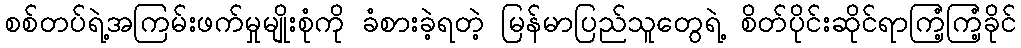
စစ်တပ်ရဲ့အကြမ်းဖက်မှုမျိုးစုံကို ခံစားခဲ့ရတဲ့ မြန်မာပြည်သူတွေရဲ့ စိတ်ပိုင်းဆိုင်ရာကြံ့ကြံ့ခိုင်